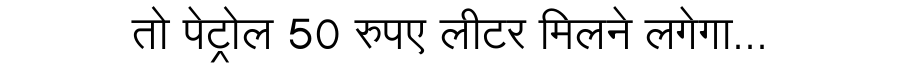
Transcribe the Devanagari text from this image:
तो पेट्रोल 50 रुपए लीटर मिलने लगेगा...